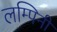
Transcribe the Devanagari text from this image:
लम्पिनी